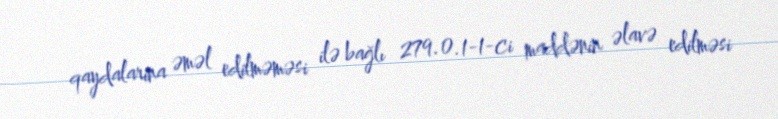
qaydalarına əməl edilməməsi ilə bağlı 279.0.1-1-ci maddənin əlavə edilməsi